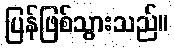
ပြန်ဖြစ်သွားသည်။